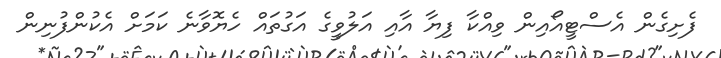
ފެށިގެން އެސްޓީއޯއިން ވިއްކާ ފިޔާ އާއި އަލުވީގެ އަގުތައް ހެޔޮވާނެ ކަމަށް އެކުންފުނިން